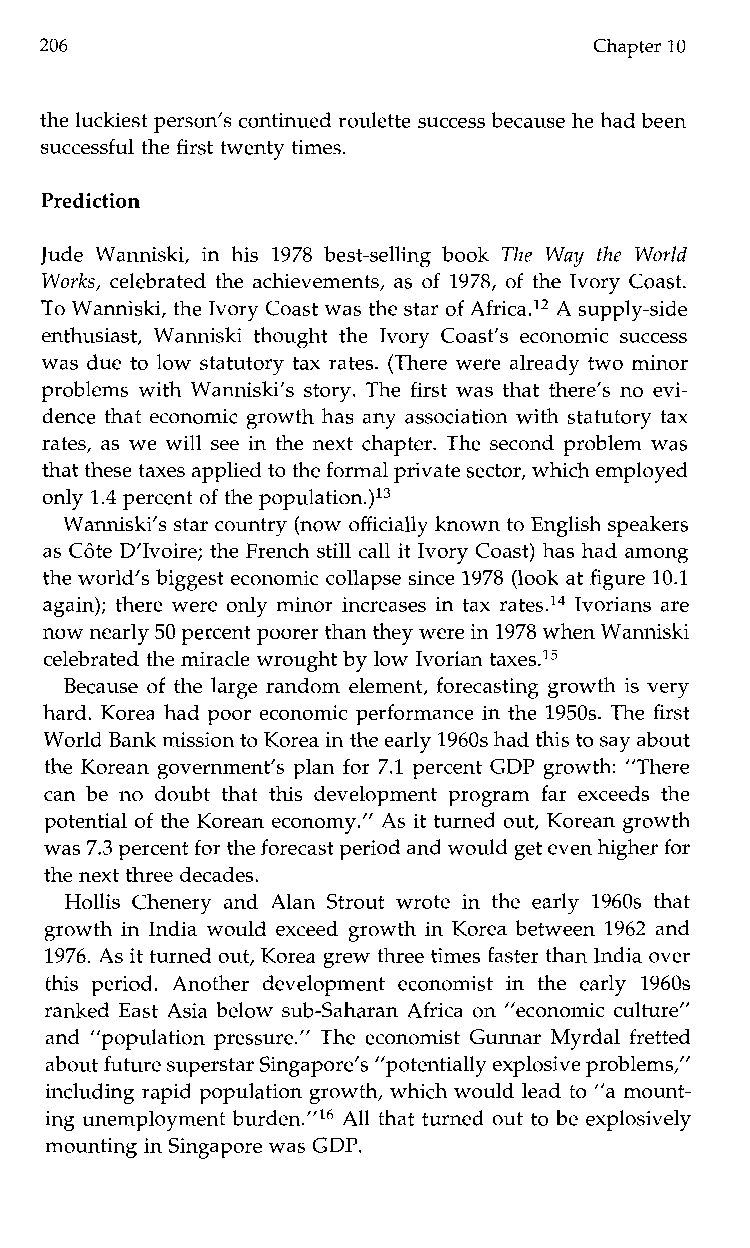
206                                 Chapter 10
 the luckiest person’s continued roulette success because he had been
 successful the first twenty times.
 Prediction
 Jude Wanniski, in his 1978 best-selling book The Way the World
 Works, celebrated the achievements, as of 1978, of the Ivory Coast.
 To Wanniski, the Ivory Coast was the star of Africa.12 A supply-side
 enthusiast, Wanniskit hought the Ivory Coast’se conomics uccess
 was due to low statutory tax rates. (There were already two minor
 problems with Wanniski’s story. The first was that there’s no evi-
 dence that economic growth has any association with statutory tax
 rates, as we will see in the next chapter. The second problem was
 that these taxes applied to the formal private sector, which employed
 only 1.4 percent of the p~pulation.)’~
 Wanniski’s star country (now officially known to English speakers
 as C6te D’Ivoire; the French still call it Ivory Coast) has had among
 the world’s biggest economic collapse since 1978 (look at figure 10.1
 again); there were only minor increases in tax rates.14 Ivorians are
 now nearly 50 percent poorer than they were in 1978 when Wanniski
 celebrated the miracle wrought by low Ivorian taxed5
 Because of the large random element, forecasting growth is very
 hard. Korea had poor economic performance in the 1950s. The first
 World Bank mission to Korea in the early 1960s had this to say about
 the Korean government’s plan for 7.1 percent GDP growth: ”There
 can be no doubt that this development program far exceeds the
 potential of the Korean economy.” As it turned out, Korean growth
 was 7.3 percent for the forecast period and would get even higher for
 the next three decades.
 Hollis Chenery and Alan Strout wrote in the early 1960s that
 growth in India would exceed growth in Korea between 1962 and
 1976. As it turned out, Korea grew three times faster than India over
 this period. Anotherd evelopmente conomist in the early 1960s
 ranked East Asia below sub-Saharan Africa on “economic culture”
 and ”population pressure.” The economist Gunnar Myrdal fretted
 about future superstarS ingapore’s ”potentially explosive problems,”
 including rapid population growth, which would lead to ”a mount-
 ing unemployment burden.”16 All that turned out to be explosively
 mounting in Singapore was GDP.